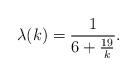
LaTeX: \begin{align*} \lambda(k) = \frac{1}{6 + \frac{19}{k}}. \end{align*}